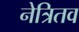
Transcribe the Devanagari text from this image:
नेत्रितव